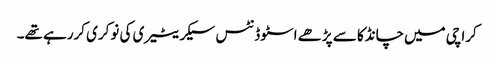
کراچی میں‌چانڈکا سے پڑھے اسٹوڈنٹس سیکریٹیری کی نوکری کررہے تھے۔